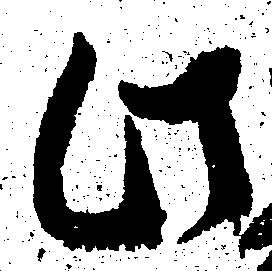
此